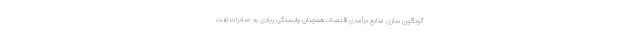
گوناگون سازی منابع درآمدی اقتصاد، همچنان وابستگی زیادی به صادرات نفت